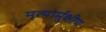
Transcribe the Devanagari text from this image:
मृत्‍योर्मुक्षीय